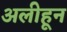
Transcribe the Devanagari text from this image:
अलीहून